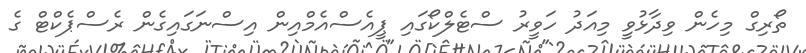
ތޯރިގް މިހެން ވިދާޅުވިީ މިއަދު ހަވީރު ސްޓެލްކޯގައި ޕީއެސްއެމްއިން އިސްނަގައިގެން ރެސްޕެކްޓް ގެ